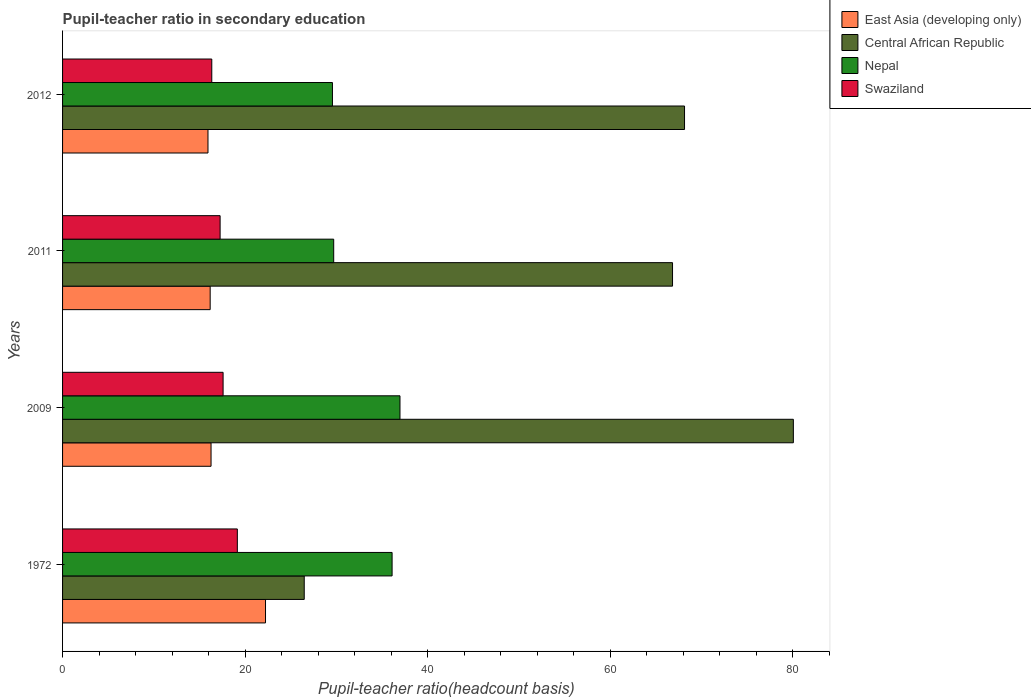
| Years | East Asia (developing only) | Central African Republic | Nepal | Swaziland |
 | --- | --- | --- | --- | --- |
 | 1972 | 22.2 | 26.5 | 36.1 | 19.1 |
 | 2009 | 16.3 | 80.1 | 37 | 17.6 |
 | 2011 | 16.2 | 66.8 | 29.7 | 17.3 |
 | 2012 | 15.9 | 68.1 | 29.6 | 16.3 |